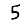
Digit: 5